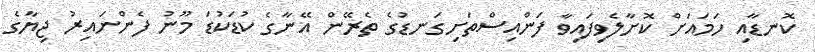
ކޮނޑާއި ހަމައަށް ކޮށާލެވިފައިވާ ފަންއިސްތަށިގަނޑުގެ ތެރޭން އޭނާގެ ކުޑަކުޑަ މޫނު ފެންނައިރު ޖިޔާގެ